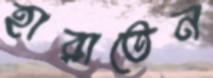
হারাতেন